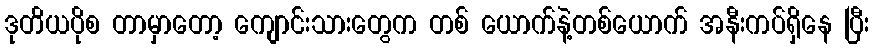
ဒုတိယပိုစ တာမှာတော့ ကျောင်းသားတွေက တစ် ယောက်နဲ့တစ်ယောက် အနီးကပ်ရှိနေ ပြီး